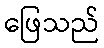
ဖြေသည်